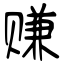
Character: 赚